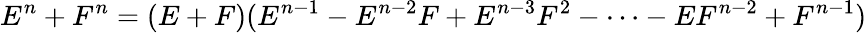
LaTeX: E^{n}+F^{n}=(E+F)(E^{n-1}-E^{n-2}F+E^{n-3}F^{2}-\cdots-EF^{n-2}+F^{n-1})